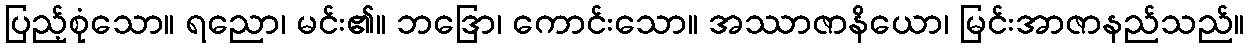
ပြည့်စုံသော။ ရညော၊ မင်း၏။ ဘဒြော၊ ကောင်းသော။ အဿာဇာနိယော၊ မြင်းအာဇာနည်သည်။